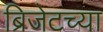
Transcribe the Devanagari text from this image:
ब्रिजेटच्या